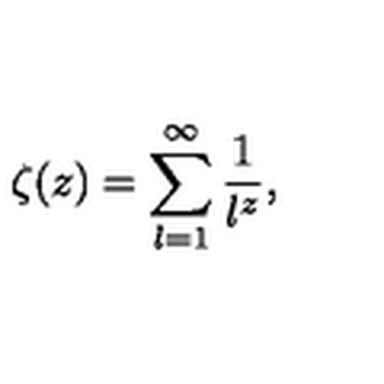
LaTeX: \zeta ( z ) = \sum _ { l = 1 } ^ { \infty } \frac { 1 } { l ^ { z } } ,